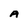
Character: A